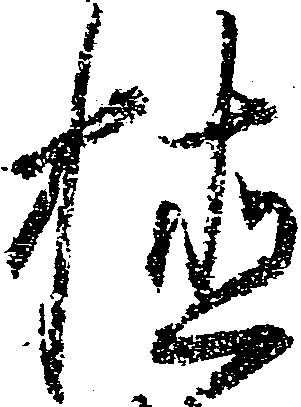
植